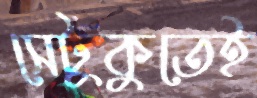
সেটুকুতেই